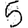
Digit: 5